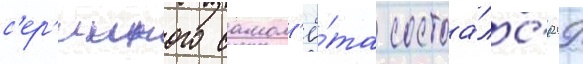
с'ер'ииного самол'ё́та состоа́лс'я 29